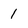
Character: 1